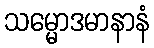
သမ္မောဒမာနာနံ